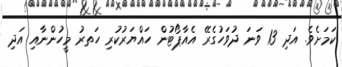
ކަމަށެވެ. އަދި 13 ވަނަ ދުވަހުގެރޭ އެއާޕޯޓުން ހައްޔަރުކުރި ހަަތރު މީހުންނާއި އަދި